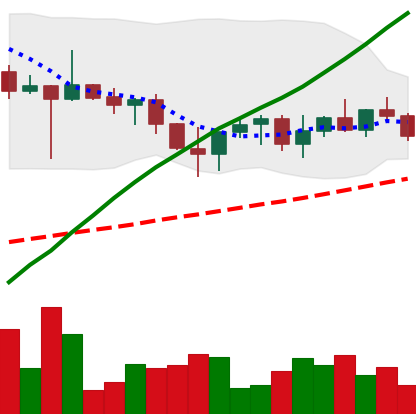
Ticker: XRP-USD
Chart end date: 2022-10-30
Forward return: 10.023%
Label: up_7plus